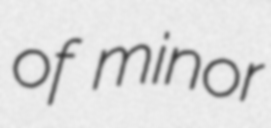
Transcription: of minor